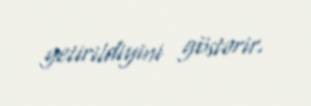
yetirildiyini göstərir.